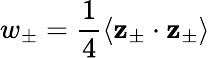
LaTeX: w_{\pm}=\frac{1}{4}\langle\textbf{z}_{\pm}\cdot\textbf{z}_{\pm}\rangle